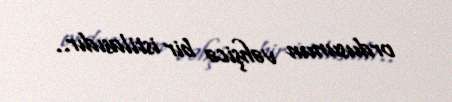
ordusunun vəhşicə bir istilasıdır..